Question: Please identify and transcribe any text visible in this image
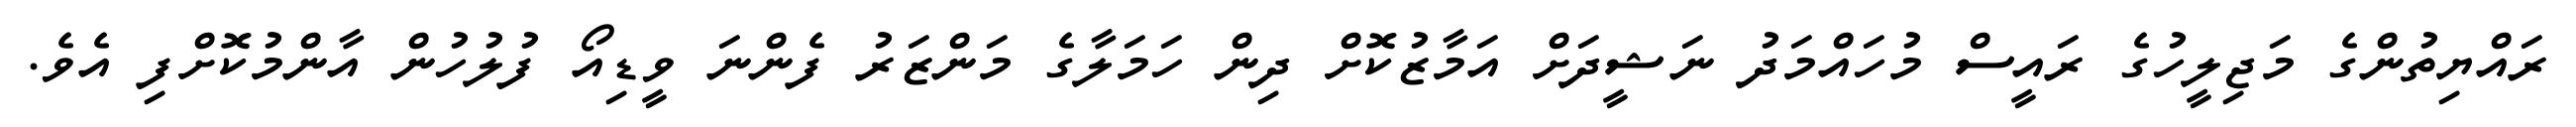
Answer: ރައްޔިތުންގެ މަޖިލީހުގެ ރައީސް މުހައްމަދު ނަޝީދަށް އަމާޒުކޮށް ދިން ހަމަލާގެ މަންޒަރު ފެންނަ ވީޑިއޯ ފުލުހުން އާންމުކޮށްފި އެވެ.